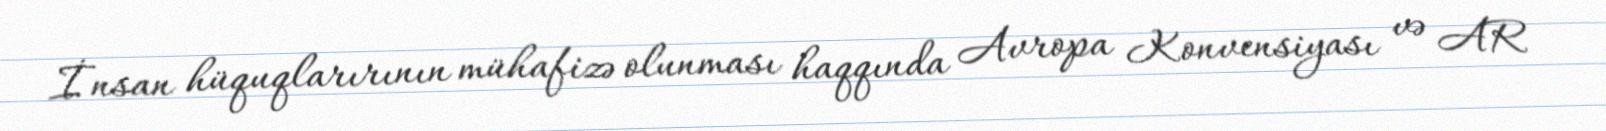
İnsan hüquqlarırının mühafizə olunması haqqında Avropa Konvensiyası və AR